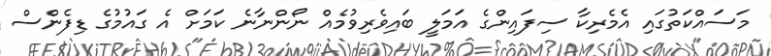
މަސައްކަތުގައި އެމެރިކާ ސިފައިންގެ އަމަލީ ބައިވެރިވުމެއް ނޯންނާނެ ކަމަށް އެ ގައުމުގެ ޑިފެންސް